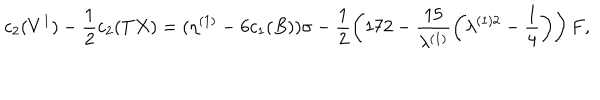
c _ { 2 } ( V ^ { 1 } ) - \frac { 1 } { 2 } c _ { 2 } ( T X ) = ( \eta ^ { ( 1 ) } - 6 c _ { 1 } ( B ) ) \sigma - \frac { 1 } { 2 } \left( 1 7 2 - \frac { 1 5 } { \lambda ^ { ( 1 ) } } \left( \lambda ^ { ( 1 ) 2 } - \frac { 1 } { 4 } \right) \right) F ,